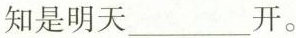
知是明天___开。